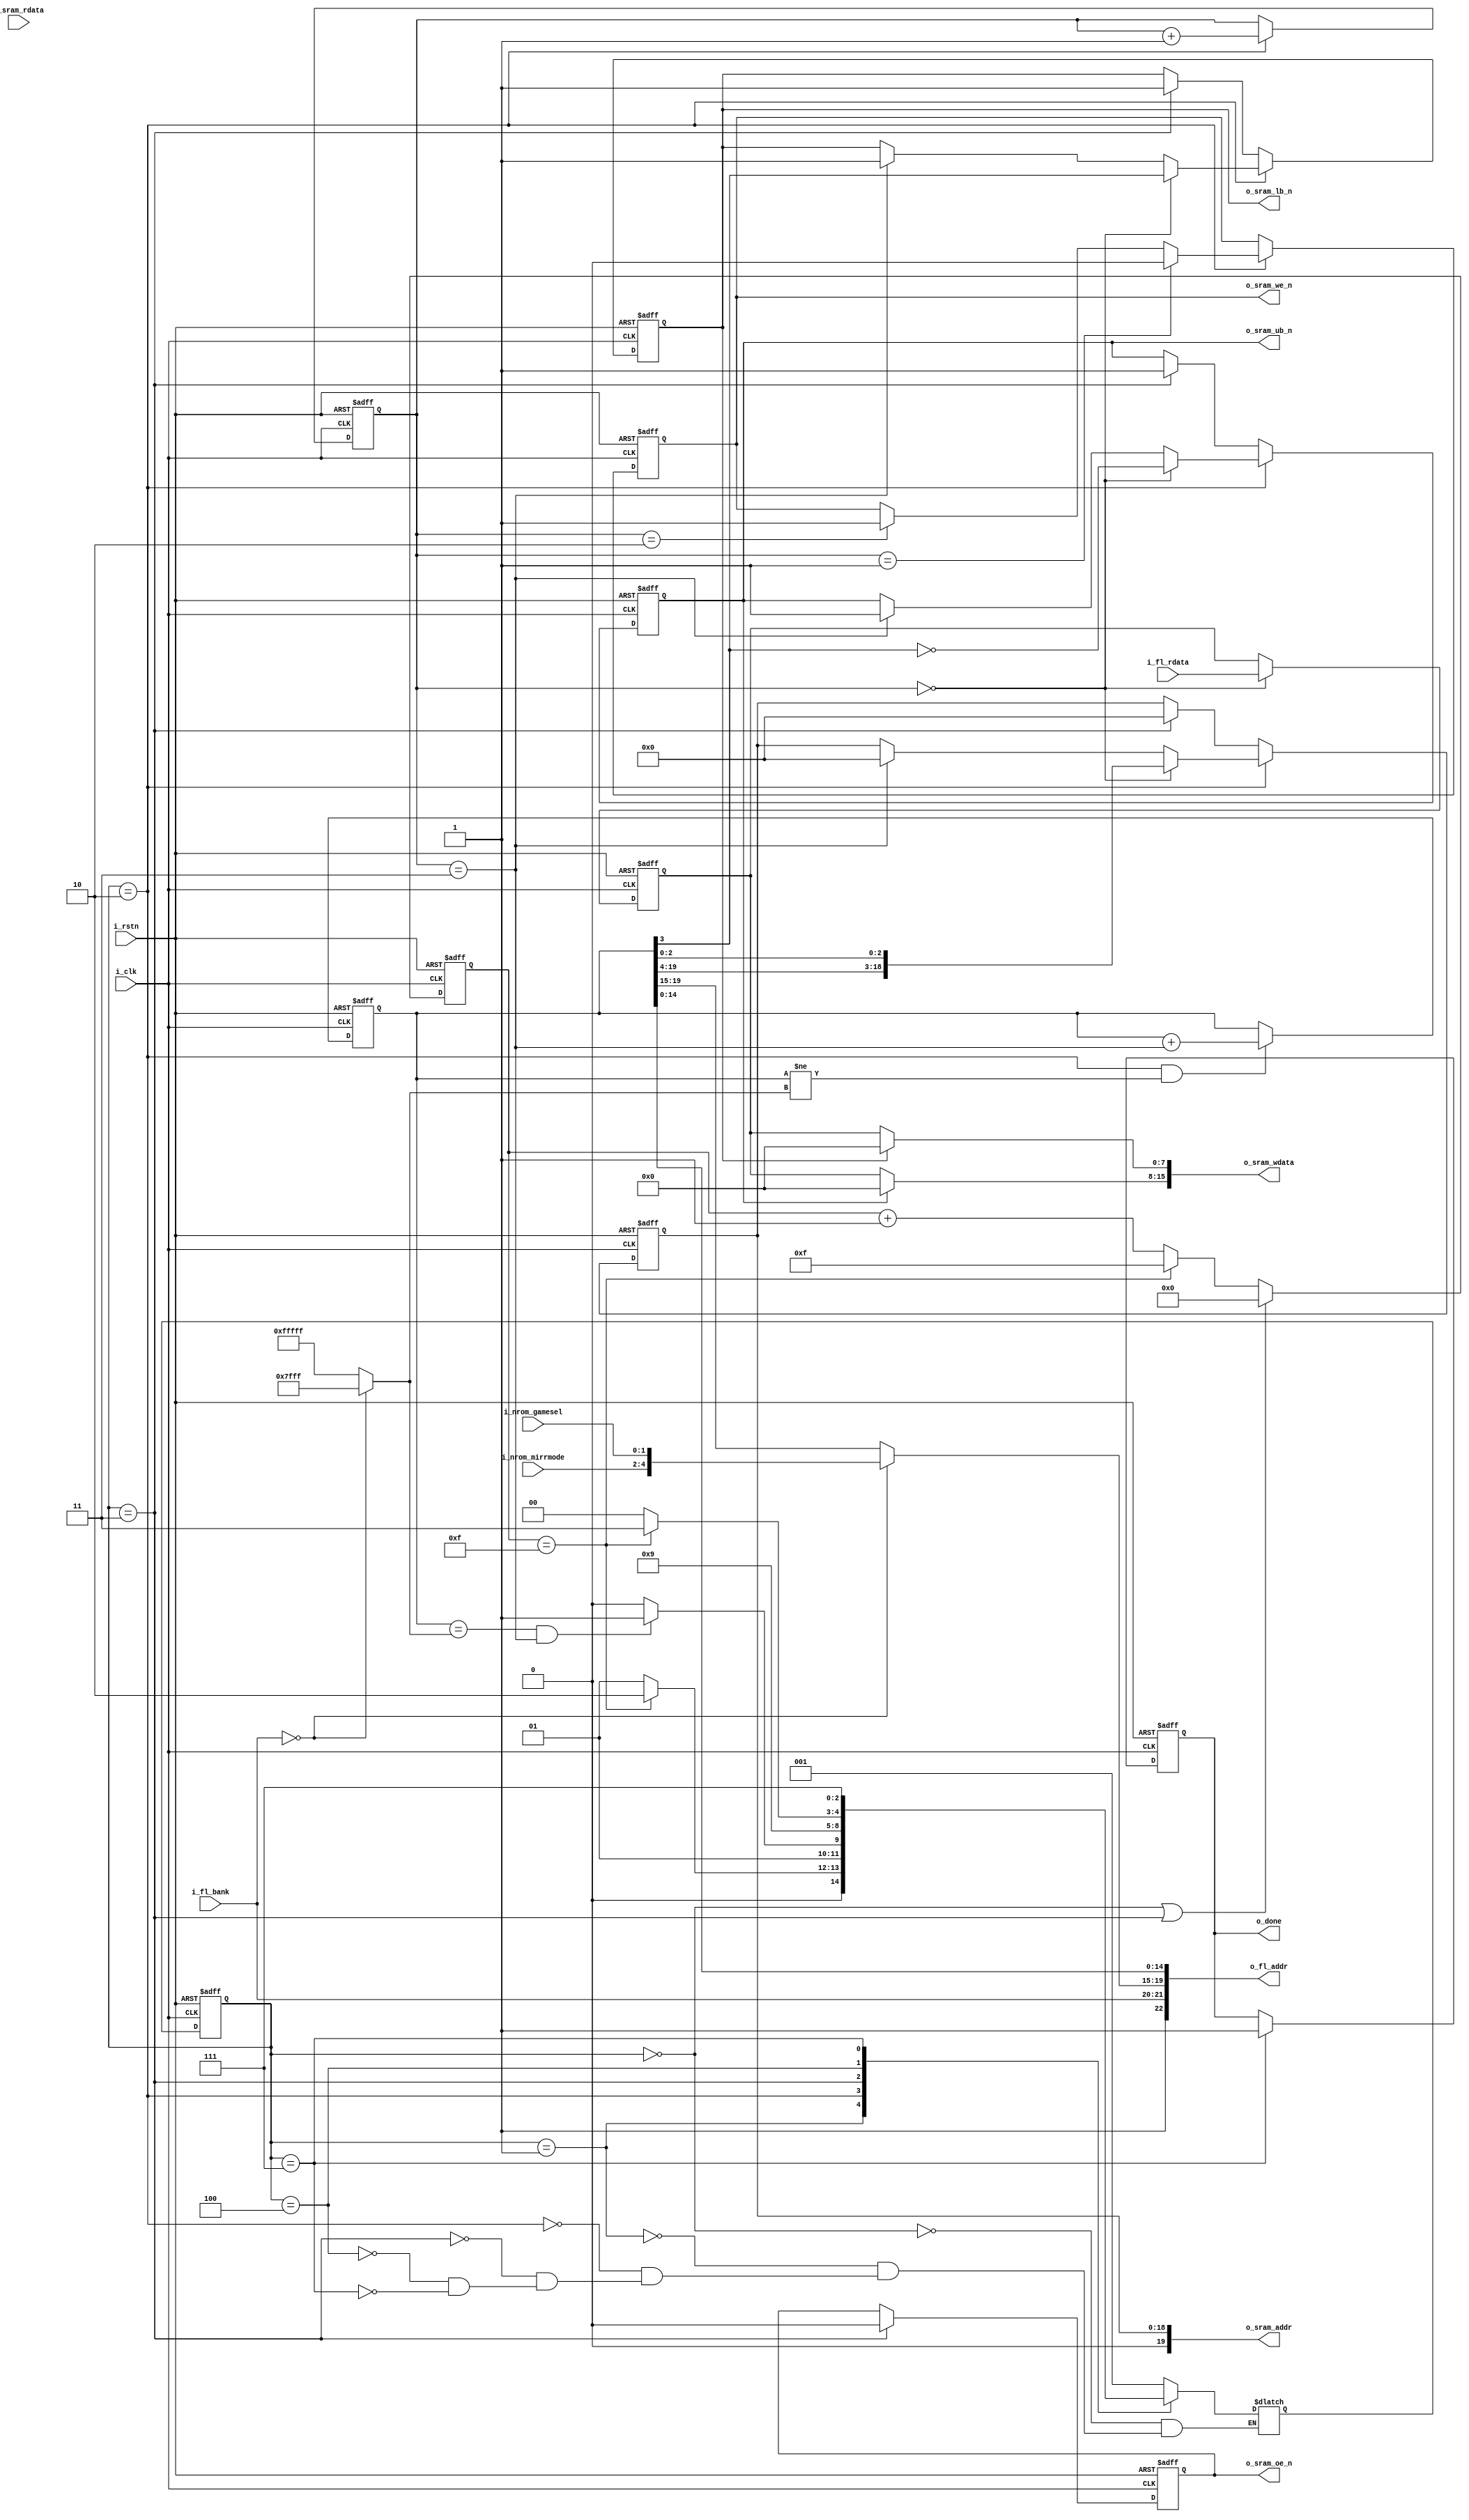
module chr_loader(
    input           i_clk       ,//ppu clk
    input           i_rstn      ,
    //cpu
    output          o_done      ,
    input   [1:0]   i_fl_bank      ,
    input   [2:0]   i_nrom_mirrmode,
    input   [1:0]   i_nrom_gamesel ,
    //flash
    output [22:0]   o_fl_addr   , 
    input  [7:0]    i_fl_rdata  ,
   
    //sram
    output  [19:0]  o_sram_addr ,
    output  [15:0]  o_sram_wdata,
    input   [15:0]  i_sram_rdata,
    output          o_sram_oe_n ,
    output          o_sram_we_n ,
    output          o_sram_ub_n ,
    output          o_sram_lb_n 
    
);
    
`ifdef FAST_INIT
    parameter [19:0] MAX_ROM_ADDR = 20'h07FFF;
`else
    parameter [19:0] MAX_ROM_ADDR = 20'hfffff;
`endif
    parameter [19:0] MAX_NROM_ADDR = 20'h07FFF;
    
    reg     r_done;
    
    reg     [19:0] r_fl_addr;
    wire    [1:0] c_rom_base;
    
    reg  [2:0]   r_state;
    reg  [2:0]   c_state_next;
    parameter [2:0] STATE_START     = 3'b000;
    parameter [2:0] STATE_PRE_LOAD  = 3'b001;
    parameter [2:0] STATE_LOADING   = 3'b010;
    parameter [2:0] STATE_LOADED    = 3'b011;
    parameter [2:0] STATE_PRE_FINISH= 3'b100;
    parameter [2:0] STATE_FINISH    = 3'b111;
    reg [4:0] r_counter;
    //reg       r_cnt_1;
    reg [1:0] r_cnt_4;
    reg [7:0]   r_sram_wdata;
    reg [18:0]  r_sram_addr;
    reg         r_sram_oe_n;
    reg         r_sram_we_n;
    reg         r_sram_ub_n;
    reg         r_sram_lb_n;
       
    wire        c_is_nrom;
    wire[19:0]  c_max_write;
//////////////////////////////////////////////////////////////////////////////////
//////////////////////////////////////////////////////////////////////////////////
//////////////////////////////////////////////////////////////////////////////////
//////////////////////////////////////////////////////////////////////////////////
    
    assign c_rom_base = i_fl_bank;
    assign c_is_nrom = (c_rom_base==2'h0);
    assign c_max_write = c_is_nrom ? MAX_NROM_ADDR : MAX_ROM_ADDR;
    
    always @ ( * ) begin
        case(r_state)
        STATE_START:
            begin
                c_state_next = STATE_PRE_LOAD;
            end
        STATE_PRE_LOAD:
            begin
                if(r_counter==4'hf)
                    c_state_next = STATE_LOADING;
                else
                    c_state_next = STATE_PRE_LOAD;
            end
        STATE_LOADING:
            begin
                if(r_fl_addr==c_max_write && r_cnt_4==2'h3)
                    c_state_next = STATE_LOADED;
                else
                    c_state_next = STATE_LOADING;
            end
        STATE_LOADED:
            begin
                c_state_next = STATE_PRE_FINISH;
            end
        STATE_PRE_FINISH:
            begin
                if(r_counter==4'hf)
                    c_state_next = STATE_FINISH;
                else 
                    c_state_next = STATE_PRE_FINISH;
            end
        STATE_FINISH:
            begin
                c_state_next = STATE_FINISH;
            end
        endcase
    end
    
    always @ ( posedge i_clk or negedge i_rstn ) begin
        if(~i_rstn) begin
            r_state <= STATE_START;
        end
        else begin
            r_state <= c_state_next;
        end
    end
    
    always @ ( posedge i_clk or negedge i_rstn ) begin
        if(~i_rstn) begin
            r_counter <= 4'h0;
            r_cnt_4 <= 1'b0;
        end
        else begin
            if(r_state==STATE_START || r_state==STATE_LOADED) begin
                r_counter <= 4'h0;
            end
            else if(r_counter==4'hf) begin
                r_counter <= 4'hf;
            end
            else begin
                r_counter <= r_counter + 5'h1;
            end
            
            if(r_state==STATE_LOADING) begin
                r_cnt_4 <= r_cnt_4 + 2'h1;
            end
        end
    end
    
    
    always @ ( posedge i_clk or negedge i_rstn ) begin
        if(~i_rstn) begin
            r_done <= 1'b0;
        end
        else begin
            if(r_state==STATE_FINISH) begin
                r_done <= 1'b1;
            end
        end
    end

    always @ ( posedge i_clk or negedge i_rstn ) begin
        if(~i_rstn) begin
            r_fl_addr <= 20'h00000;
        end
        else begin
            if (r_state==STATE_LOADING && r_fl_addr!=c_max_write) begin
                r_fl_addr <= r_fl_addr + {19'h0, {r_cnt_4==2'h3}};
            end
        end
    end

    always @ ( posedge i_clk or negedge i_rstn ) begin
        if(~i_rstn) begin
            r_sram_wdata <= 8'h00;
        end
        else begin
            if(r_cnt_4==4'h0) begin
                r_sram_wdata <= i_fl_rdata;
            end
        end
    end
    
    always @ (posedge i_clk or negedge i_rstn ) begin
        if(~i_rstn) begin
            r_sram_addr <= 19'h0;
            r_sram_oe_n <= 1'b1;
            r_sram_ub_n <= 1'b1;
            r_sram_lb_n <= 1'b1;
            r_sram_we_n <= 1'b1;
        end
        else begin
            if(r_state==STATE_LOADING) begin
                if(r_cnt_4==2'h0) begin
                    r_sram_ub_n <= ~r_fl_addr[3];
                    r_sram_lb_n <= r_fl_addr[3];
                    r_sram_addr <= {r_fl_addr[19:4], r_fl_addr[2:0]};
                end
                else if(r_cnt_4==2'h3) begin
                    r_sram_ub_n <= 1'b1;
                    r_sram_lb_n <= 1'b1;
                    r_sram_addr <= 19'h0;
                end
            end
            else if(r_state==STATE_LOADED) begin
                r_sram_ub_n <= 1'b1;
                r_sram_lb_n <= 1'b1;
                
                r_sram_addr <= 19'h0;
            end
            
            if(r_state==STATE_LOADED) begin
                r_sram_oe_n <= 1'b0;
            end
            
            if(r_state==STATE_LOADING) begin
                if(r_cnt_4==2'h1)
                    r_sram_we_n <= 1'b0;
                else if(r_cnt_4==2'h2)
                    r_sram_we_n <= 1'b1;
            end
        end    
    end

    /*
    OUTPUT: cpu pause
    */
    
    assign o_done = r_done;

    /*
    OUTPUT: flash
    */

    assign o_fl_addr[22] = 1'b1;
    assign o_fl_addr[21:20] = c_rom_base;
    assign o_fl_addr[19:15] = c_is_nrom ? {i_nrom_mirrmode, i_nrom_gamesel} : r_fl_addr[19:15];
    assign o_fl_addr[14:0] = r_fl_addr[14:0];
    
    /*
    OUTPUT: sram
    */
    assign o_sram_addr = {1'b0, r_sram_addr};
    assign o_sram_wdata[15:8] = r_sram_ub_n ? 8'h0 : r_sram_wdata;
    assign o_sram_wdata[7:0]  = r_sram_lb_n ? 8'h0 : r_sram_wdata;
    assign o_sram_oe_n = r_sram_oe_n;
    assign o_sram_we_n = r_sram_we_n;//(r_state==STATE_LOADING) ? ~r_cnt_1 : 1'b1;
    assign o_sram_ub_n = r_sram_ub_n;
    assign o_sram_lb_n = r_sram_lb_n;
    
endmodule